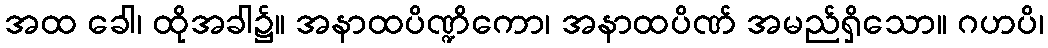
အထ ခေါ၊ ထိုအခါ၌။ အနာထပိဏ္ဍိကော၊ အနာထပိဏ် အမည်ရှိသော။ ဂဟပိ၊